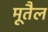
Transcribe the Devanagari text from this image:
मूतैल